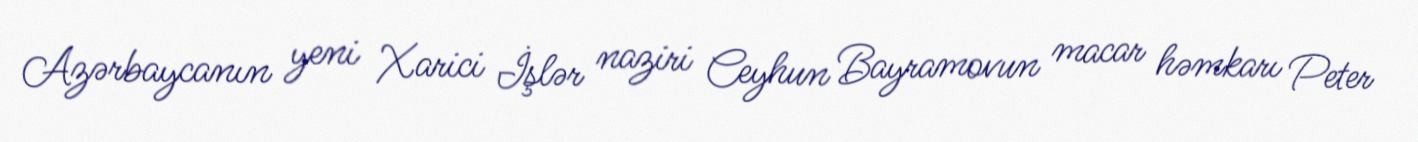
Azərbaycanın yeni Xarici İşlər naziri Ceyhun Bayramovun macar həmkarı Peter